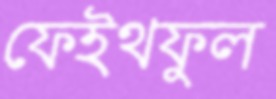
ফেইথফুল